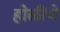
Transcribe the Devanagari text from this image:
होळीचे